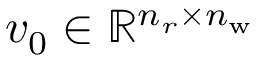
v _ { 0 } \in \mathbb { R } ^ { n _ { r } \times n _ { \mathrm { w } } }